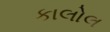
કાલોલ